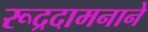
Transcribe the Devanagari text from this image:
रूद्रदामनाने